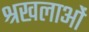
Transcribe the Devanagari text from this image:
श्रखलाओं